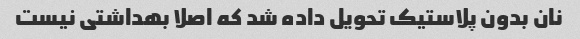
نان بدون پلاستیک تحویل داده شد که اصلا بهداشتی نیست